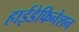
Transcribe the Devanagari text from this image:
हाईडेफिनेशन